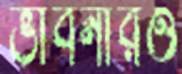
ভাবনারও